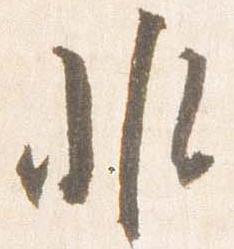
非